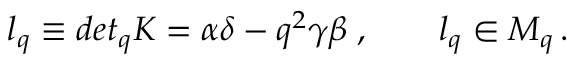
l _ { q } \equiv d e t _ { q } K = \alpha \delta - q ^ { 2 } \gamma \beta \; , \qquad l _ { q } \in { \cal M } _ { q } \, .